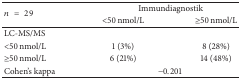
<table><thead><tr><td rowspan="2"><b><i>n</i> = 29</b></td><td colspan="2"><b>Immundiagnostik</b></td></tr><tr><td><b>&lt;50 nmol/L</b></td><td><b>≥50 nmol/L</b></td></tr></thead><tbody><tr><td>LC-MS/MS</td><td> </td><td> </td></tr><tr><td>&lt;50 nmol/L</td><td>1 (3%)</td><td>8 (28%)</td></tr><tr><td>≥50 nmol/L</td><td>6 (21%)</td><td>14 (48%)</td></tr><tr><td>Cohen&#x27;s kappa</td><td colspan="2">−0.201</td></tr></tbody></table>